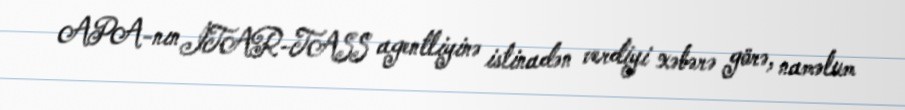
APA-nın İTAR-TASS agentliyinə istinadən verdiyi xəbərə görə, naməlum